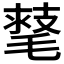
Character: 𣯕